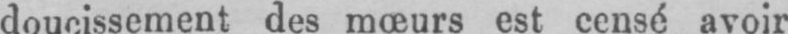
doucissement des mœurs est censé avoir